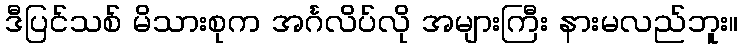
ဒီပြင်သစ် မိသားစုက အင်္ဂလိပ်လို အများကြီး နားမလည်ဘူး။